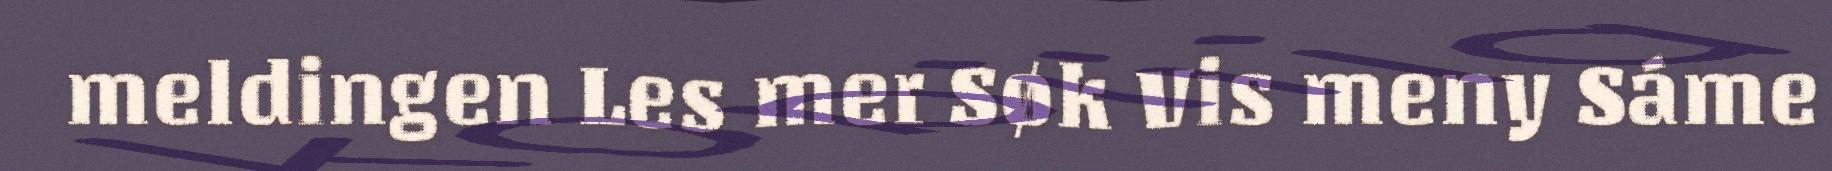
meldingen Les mer Søk Vis meny Sáme